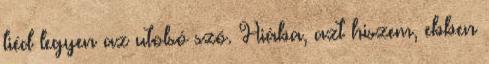
tiéd legyen az utolsó szó. Hiába, azt hiszem, ebben